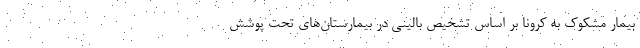
بیمار مشکوک به کرونا بر اساس تشخیص بالینی در بیمارستان‌های تحت پوشش